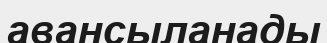
авансыланады